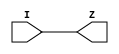
// Copyright 2022 GlobalFoundries PDK Authors
//
// Licensed under the Apache License, Version 2.0 (the "License");
// you may not use this file except in compliance with the License.
// You may obtain a copy of the License at
//
//      http://www.apache.org/licenses/LICENSE-2.0
//
// Unless required by applicable law or agreed to in writing, software
// distributed under the License is distributed on an "AS IS" BASIS,
// WITHOUT WARRANTIES OR CONDITIONS OF ANY KIND, either express or implied.
// See the License for the specific language governing permissions and
// limitations under the License.

module gf180mcu_fd_sc_mcu9t5v0__dlyd_4( I, Z );
input I;
output Z;

	buf MGM_BG_0( Z, I );

endmodule